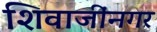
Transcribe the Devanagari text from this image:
शिवाजींनगर